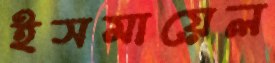
ইসমায়েল